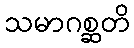
သမာဂစ္ဆတိ